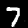
Label: 7